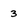
Character: 3